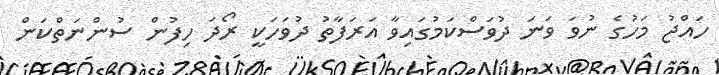
ހައްޖު މަހުގެ ނުވަ ވަނަ ދުވަސްކަމުގައިވާ އަރަފާތު ދުވަހަކީ ރޯދަ ހިފުން ސުންނަތްކަން